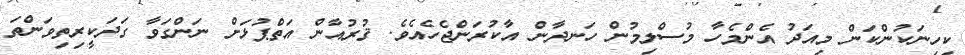
ކިހިނަކުންކަން މިއަދު އެންމެހާ މުސްލިމުން ހަނދާން އާކުރަންޖެހެއެވެ. ޤުރުއާން އަތްޕުޅަށް ނަންގަވާ ގަދަކީރިތިވަންތަ